Education (Scotland) Act, 1918, 1918
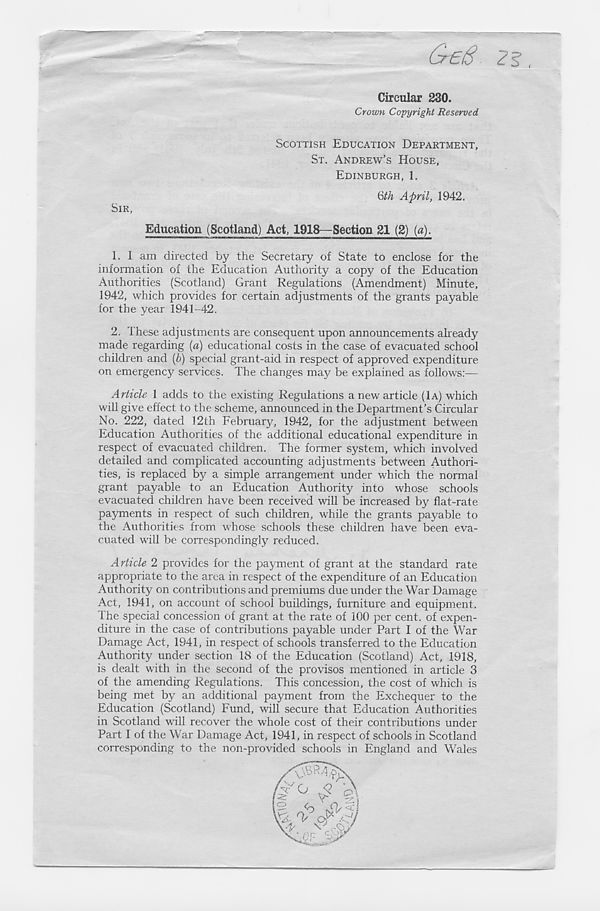
(jr £(8 2^ ,
SIR,
Circular 230.
Crown Copyright Reserved
SCOTTISH EDUCATION DEPARTMENT,
ST. ANDREW'S HOUSE,
EDINBURGH, 1.
Qth April, 1942.
Education (Scotland) Act, 1918—Section 21 (2) (a).
1. 1 am directed by the Secretary of State to enclose for the
information of the Education Authority a copy of the Education
Authorities (Scotland) Grant Regulations (Amendment) Minute,
1942, which provides for certain adjustments of the grants payable
for the year 1941-42.
2. These adjustments are consequent upon announcements already
made regarding (a) educational costs in the case of evacuated school
children and (b) special grant-aid in respect of approved expenditure
on emergency services. The changes may be explained as follows:—
Article 1 adds to the existing Regulations a new article (1A) which
will give effect to the scheme, announced in the Department’s Circular
No. 222, dated 12th February, 1942, for the adjustment between
Education Authorities of the additional educational expenditure in
respect of evacuated children. The former system, which involved
detailed and complicated accounting adjustments between Authori-
ties, is replaced by a simple arrangement under which the normal
grant payable to an Education Authority into whose schools
evacuated children have been received will be increased by flat-rate
payments in respect of such children, while the grants payable to
the Authorities from whose schools these children have been eva-
cuated will be correspondingly reduced.
Article 2 provides for the payment of grant at the standard rate
appropriate to the area in respect of the expenditure of an Education
Authority on contributions and premiums due under the War Damage
Act, 1941, on account of school buildings, furniture and equipment.
The special concession of grant at the rate of 100 per cent, of expen-
diture in the case of contributions payable under Part I of the War
Damage Act, 1941, in respect of schools transferred to the Education
Authority under section 18 of the Education (Scotland) Act, 1918,
is dealt with in the second of the provisos mentioned in article 3
of the amending Regulations. This concession, the cost of which is
being met by an additional payment from the Exchequer to the
Education (Scotland) Fund, will secure that Education Authorities
in Scotland will recover the whole cost of their contributions under
Part I of the War Damage Act, 1941, in respect of schools in Scotland
corresponding to the non-provided schools in England and Wales